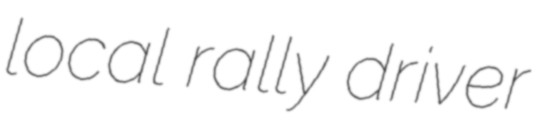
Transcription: local rally driver